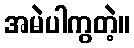
အမဲပါကွတဲ့။